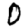
Digit: 0